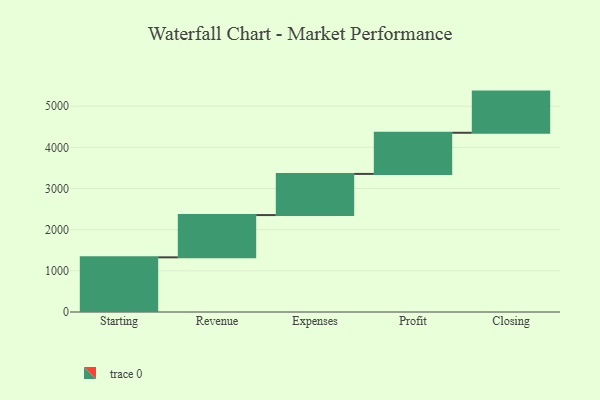
{"axis": {"x": "Step", "y": "Value"}, "legend": [""], "data": [{"x": "Starting", "y": 1328.0, "type": ""}, {"x": "Revenue", "y": 1027.0, "type": ""}, {"x": "Expenses", "y": 1000, "type": ""}, {"x": "Profit", "y": 1000, "type": ""}, {"x": "Closing", "y": 1000, "type": ""}]}